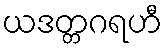
ယဒတ္တဂရဟီ